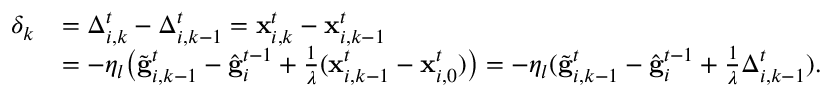
\begin{array} { r l } { \delta _ { k } } & { = \Delta _ { i , k } ^ { t } - \Delta _ { i , k - 1 } ^ { t } = \mathbf { x } _ { i , k } ^ { t } - \mathbf { x } _ { i , k - 1 } ^ { t } } \\ & { = - \eta _ { l } \bigl ( \tilde { \mathbf { g } } _ { i , k - 1 } ^ { t } - \hat { \mathbf { g } } _ { i } ^ { t - 1 } + \frac { 1 } { \lambda } ( \mathbf { x } _ { i , k - 1 } ^ { t } - \mathbf { x } _ { i , 0 } ^ { t } ) \bigr ) = - \eta _ { l } ( \tilde { \mathbf { g } } _ { i , k - 1 } ^ { t } - \hat { \mathbf { g } } _ { i } ^ { t - 1 } + \frac { 1 } { \lambda } \Delta _ { i , k - 1 } ^ { t } ) . } \end{array}